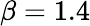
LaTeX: \beta=1.4